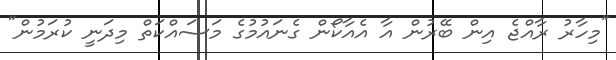
"މިހާރު ރާއްޖެ އިން ބޭރުން އާ އެއާކޯން ގެނައުމުގެ މަސައްކަތް މިދަނީ ކުރަމުން"